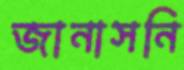
জানাসনি